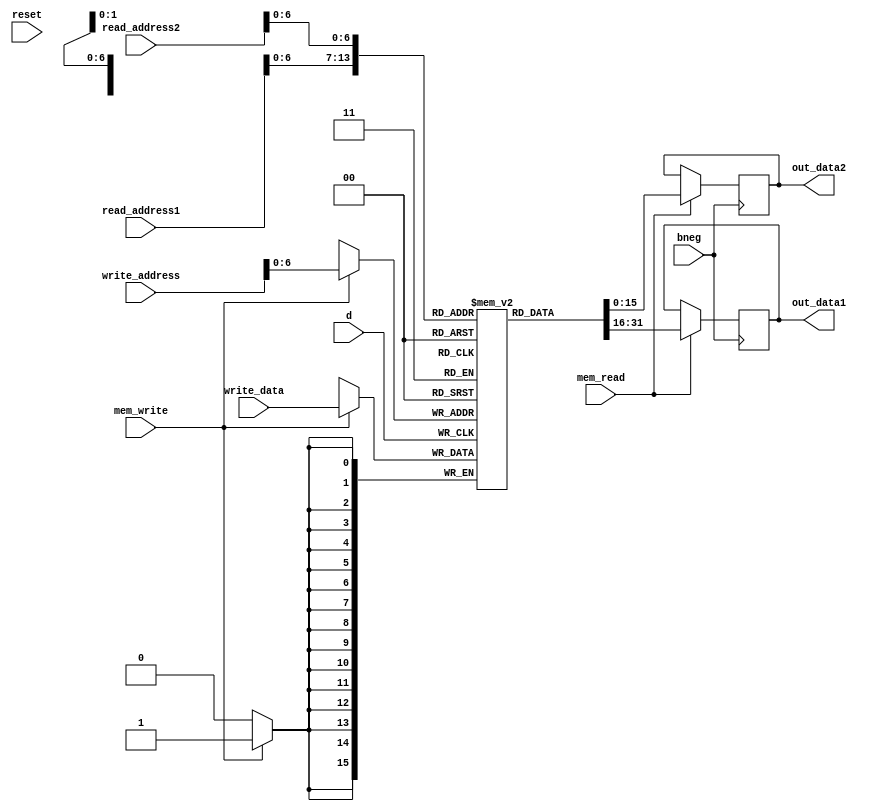
module Data_Memory (bneg, d, mem_read, mem_write, read_address1, read_address2, write_address, write_data, out_data1, out_data2, reset);
	
	input bneg, d, mem_read, mem_write, reset;	//sinais habilitadores de leitura e escrita e clocks
	
	input [15:0] read_address1, read_address2,	//enderecos de leitura
					 write_address, write_data;		//endereco de escrita e dado de escrita
					 
	output reg [15:0] out_data1, out_data2;		//saida de dados dos enderecos lidos em 1 e 2
					 
	reg [15:0] memory [0:69];							//declaracao de memoria - 256  apenas um valor de teste
	
	integer i;
	
			
	always @(posedge bneg)					// ciclo de leitura da memoria  negedge de b pois no posedge teve que buscar os endereos de memria nos registradores
		begin
			if (mem_read)						//leitura habilitada
				begin
					out_data1 = memory[read_address1];
					out_data2 = memory[read_address2];			
				end	
		end
	
	 always@(posedge d)					//ciclo de escrita
		begin
			if (mem_write)					//escrita habilitada
				begin
					memory[write_address] = write_data;
				end
		end
	
endmodule